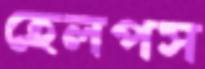
হেলপস